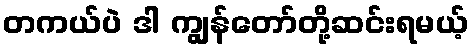
တကယ်ပဲ ဒါ ကျွန်တော်တို့ဆင်းရမယ့်